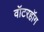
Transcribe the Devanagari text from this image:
वॉटरहॉग